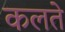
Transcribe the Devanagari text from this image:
कलते